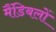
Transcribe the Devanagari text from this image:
मैंडिबलों